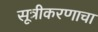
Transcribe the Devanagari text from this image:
सूत्रीकरणाचा